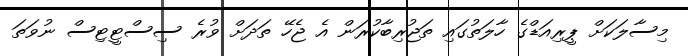
މިސާލަކަށް ޕީރިއަޑްގެ ހާލަތުގައި ތަޖުރިބާކުރަން އެ ޖެހޭ ތަދަށް ވުރެ ސިސްޓީޓިސް ނުވަތަ